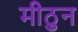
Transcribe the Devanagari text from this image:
मीठुन